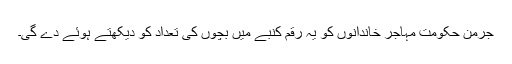
جرمن حکومت مہاجر خاندانوں کو یہ رقم کنبے میں بچوں کی تعداد کو دیکھتے ہوئے دے گی۔